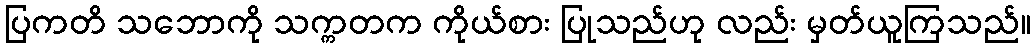
ပြကတိ သဘောကို သက္ကတက ကိုယ်စား ပြုသည်ဟု လည်း မှတ်ယူကြသည်။